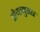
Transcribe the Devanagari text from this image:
होर्‍यानुसार